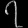
Digit: ၇